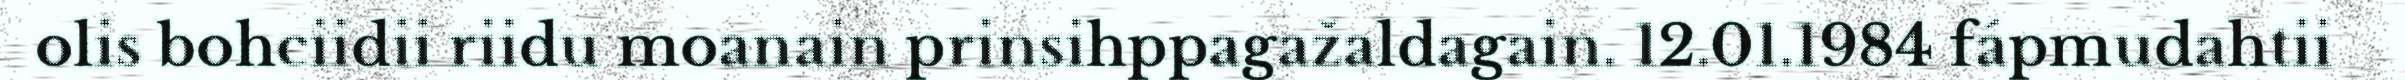
olis bohciidii riidu moanain prinsihppagažaldagain. 12.01.1984 fápmudahtii